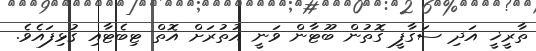
ތާރީޚީ އަދި ސަގާފީ ގޮތުން ބޫޓާން ވަނީ އުތުރަށް އޮތް ޓިބެޓާއި ގުޅިފައެވެ.